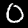
Label: 0